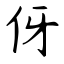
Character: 伢